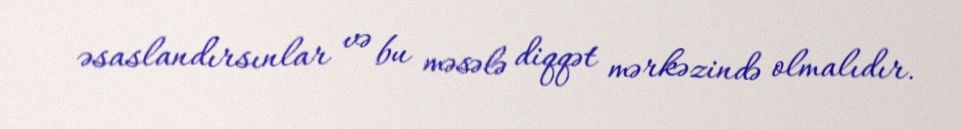
əsaslandırsınlar və bu məsələ diqqət mərkəzində olmalıdır.